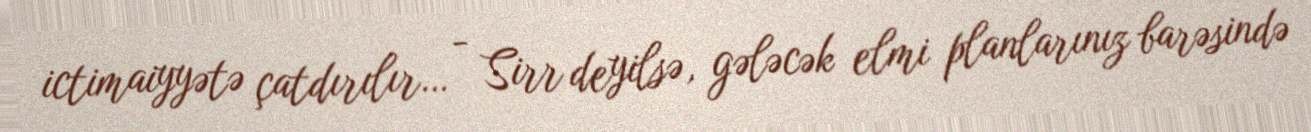
ictimaiyyətə çatdırılır… - Sirr deyilsə, gələcək elmi planlarınız barəsində